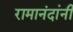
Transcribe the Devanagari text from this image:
रामानंदांनी